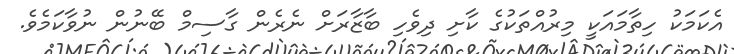
އެކަމަކު ހިތާމައަކީ މިރުއްތަކުގެ ކާށި ދިވެހި ބާޒާރަށް ނެރެން ގާސިމް ބޭނުން ނުވާކަމެވެ.